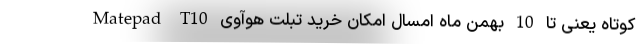
کوتاه یعنی تا 10 بهمن ماه امسال امکان خرید تبلت هوآوی Matepad T10